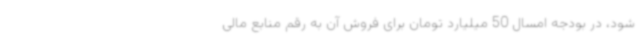
شود، در بودجه امسال 50 میلیارد تومان برای فروش آن به رقم منابع مالی